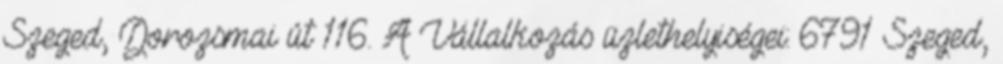
Szeged, Dorozsmai út 116. A Vállalkozás üzlethelyiségei: 6791 Szeged,